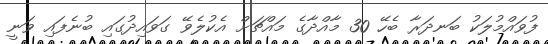
ފުވައްމުލަކު ބަނދަރާ ބެހޭ 30 މާއްދާގެ މައްޗަށް އެކުލެވޭ ގަވައިދުގައި ބުނެފައި ވަނީ